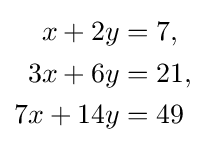
{\begin{aligned}x+2y&=7,\\3x+6y&=21,\\7x+14y&=49\end{aligned}}